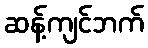
ဆန့်ကျင်ဘက်